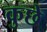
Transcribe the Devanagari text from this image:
कुछे